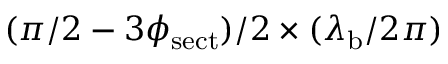
( \pi / 2 - 3 \phi _ { \mathrm { s e c t } } ) / 2 \times ( \lambda _ { \mathrm { b } } / 2 \pi )